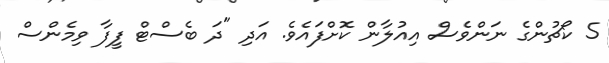
5 ކޯޗުންގެ ނަންވެސް އިއުލާން ކޮށްފައެވެ. އަދި "ދަ ބެސްޓް ފީފާ ވިމެންސް